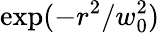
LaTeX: \exp(-r^{2}/w_{0}^{2})